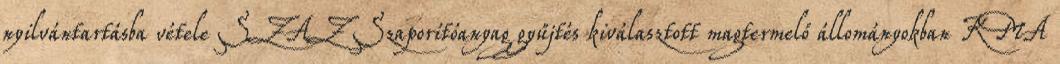
nyilvántartásba vétele SZAZ Szaporítóanyag gyűjtés kiválasztott magtermelő állományokban KMA